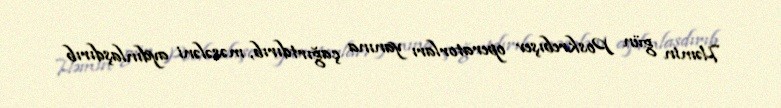
Həmin gün Poskrebışev operatorları yanına çağırtdırıb, məsələni aydınlaşdırıb